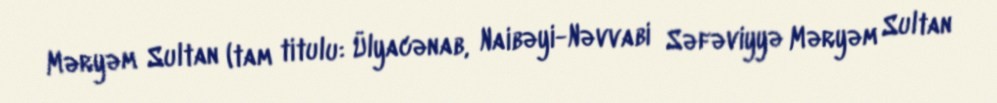
Məryəm Sultan (tam titulu: Ülyacənab, Naibəyi-Nəvvabi Səfəviyyə Məryəm Sultan